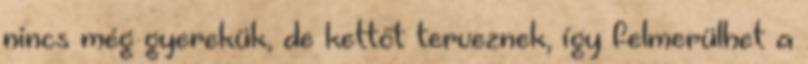
nincs még gyerekük, de kettőt terveznek, így felmerülhet a